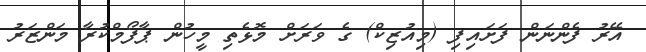
އޭރު ފެންނަން ފަށައިފި (މިއުޒިކް) ގެ ވަރަށް މޮޅެތި މީހުން ޕާފޯމްކުރާ މަންޒަރު